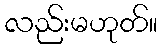
လည်းမဟုတ်။